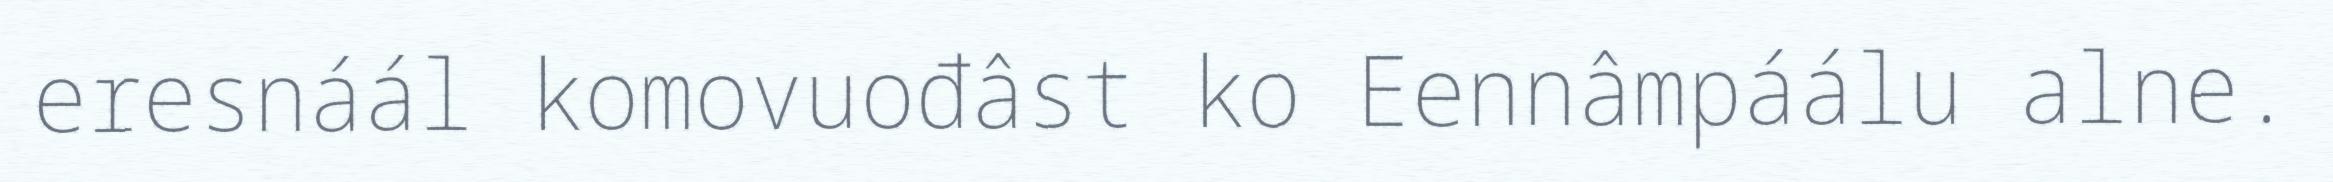
eresnáál komovuođâst ko Eennâmpáálu alne.